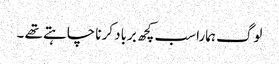
لوگ ہمارا سب کچھ برباد کرنا چاہتے تھے ۔